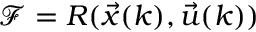
\mathcal { F } = R ( \vec { x } ( k ) , \vec { u } ( k ) )